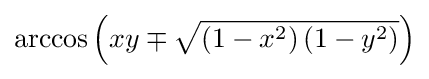
\arccos \left(xy\mp {\sqrt {\left(1-x^{2}\right)\left(1-y^{2}\right)}}\right)